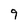
Character: 9